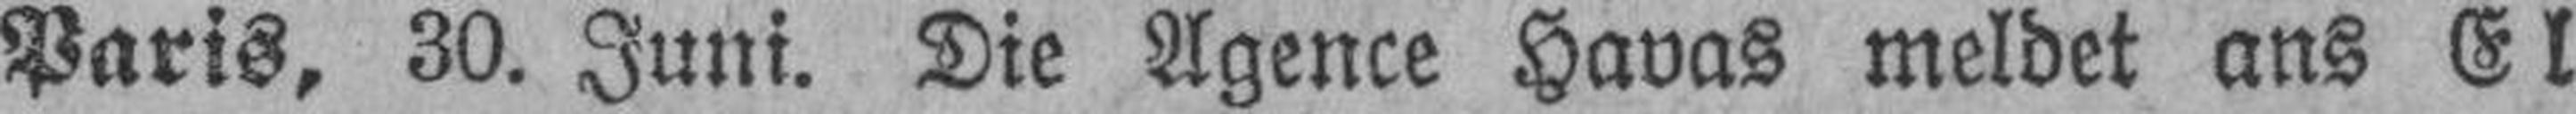
Paris, 30. Juni. Die Agence Havas meldet ans El